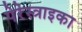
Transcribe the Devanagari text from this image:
पेरेस्त्राइका